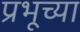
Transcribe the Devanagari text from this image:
प्रभूच्या